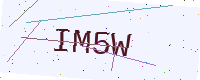
Text: IM5W